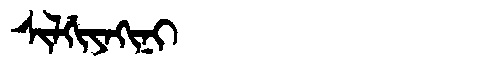
Manchu: ᠰᡳᠯᡤᡳᠶᠠᡴᡳᠨᡳ
Romanization: SILGIYAKINI